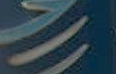
-